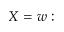
X = w :